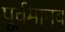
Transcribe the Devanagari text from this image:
पूर्वमानव